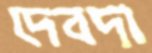
দেবদা